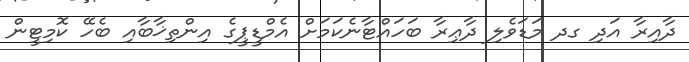
ދާއިރާ އަދި ގދ މަޑަވެލި ދާޢިރާ ބަހައްޓާނެކަމަށް އެމްޑީޕީގެ އިންތިޚާބާއި ބެހޭ ކޮމިޓީން